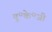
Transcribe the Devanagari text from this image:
यू॰के॰जी